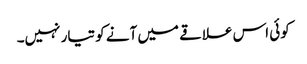
کوئی اس علاقے میں آنے کو تیار نہیں۔